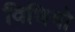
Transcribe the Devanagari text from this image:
विधियो